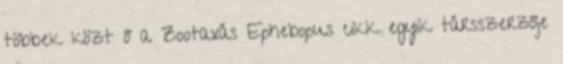
többek közt ő a Zootaxás Ephebopus cikk egyik társszerzője